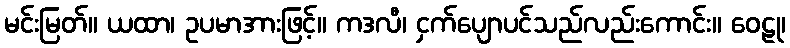
မင်းမြတ်။ ယထာ၊ ဥပမာအားဖြင့်။ ကဒလီ၊ ငှက်ပျောပင်သည်လည်းကောင်း။ ဝေဠု၊